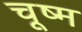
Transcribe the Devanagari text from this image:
चूष्म